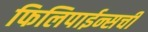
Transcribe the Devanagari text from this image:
फिलिपाईन्सची